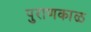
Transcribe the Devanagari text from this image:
पुराणकाळ